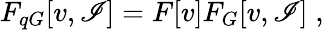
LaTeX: F_{qG}[v,\mathscr{I}]=F[v]F_{G}[v,\mathscr{I}]\; ,